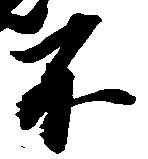
不